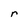
Character: r